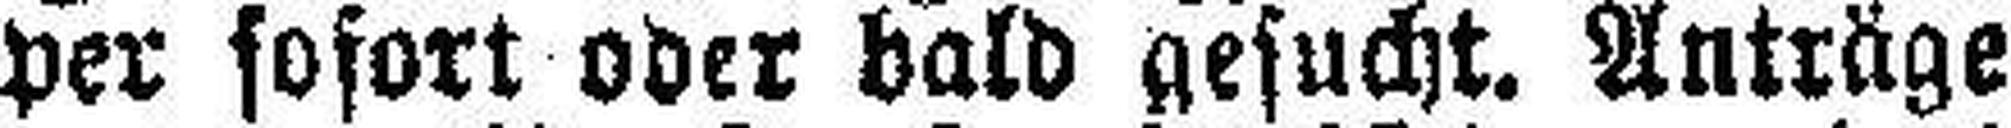
per sofort oder bald gesucht. Anträge